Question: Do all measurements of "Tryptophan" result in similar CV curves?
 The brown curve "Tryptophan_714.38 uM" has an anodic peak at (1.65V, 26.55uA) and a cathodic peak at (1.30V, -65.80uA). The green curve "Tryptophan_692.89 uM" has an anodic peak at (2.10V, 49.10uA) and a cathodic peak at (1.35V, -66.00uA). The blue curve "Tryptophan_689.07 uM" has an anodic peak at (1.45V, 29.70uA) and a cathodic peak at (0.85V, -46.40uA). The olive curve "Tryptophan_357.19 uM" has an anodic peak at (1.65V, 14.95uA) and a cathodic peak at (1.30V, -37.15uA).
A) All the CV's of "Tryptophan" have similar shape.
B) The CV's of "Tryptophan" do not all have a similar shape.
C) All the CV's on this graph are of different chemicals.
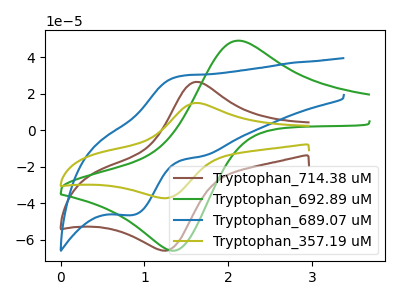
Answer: <think>"Tryptophan_714.38 uM" and "Tryptophan_692.89 uM" have at least one peak that do not match. "Tryptophan_714.38 uM" and "Tryptophan_689.07 uM" have at least one peak that do not match. All the peaks in "Tryptophan_714.38 uM" have a peak in "Tryptophan_357.19 uM" at the same potential. Every peak in "Tryptophan_714.38 uM" is higher than every peak in "Tryptophan_357.19 uM". "Tryptophan_692.89 uM" and "Tryptophan_689.07 uM" have at least one peak that do not match. "Tryptophan_692.89 uM" and "Tryptophan_357.19 uM" have at least one peak that do not match. "Tryptophan_689.07 uM" and "Tryptophan_357.19 uM" have at least one peak that do not match.
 </think>
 <answer>A) All the CV's of "Tryptophan" have similar shape.</answer>
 <eval>A</eval>